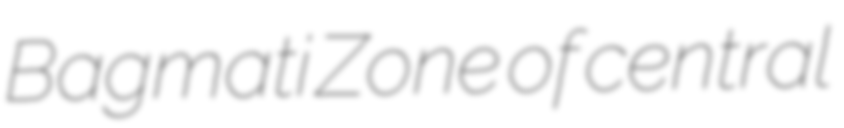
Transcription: Bagmati Zone of central